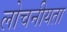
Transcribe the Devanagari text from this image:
लोचनीयता